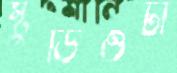
স্টুডিওটা